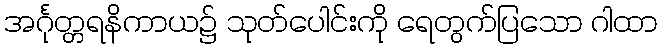
အင်္ဂုတ္တရနိကာယ၌ သုတ်ပေါင်းကို ရေတွက်ပြသော ဂါထာ